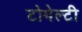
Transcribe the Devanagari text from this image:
टोमेल्टी